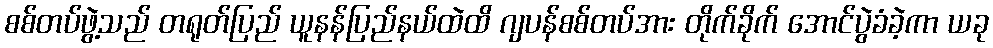
စစ်တပ်ဖွဲ့သည် တရုတ်ပြည် ယူနန်ပြည်နယ်ထဲထိ ဂျပန်စစ်တပ်အား တိုက်ခိုက် အောင်ပွဲခံခဲ့ကာ ယခု